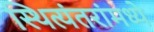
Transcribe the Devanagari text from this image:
स्थित्यंतरांमध्ये